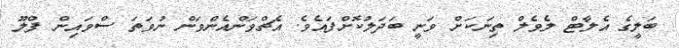
ބަލީގެ އެލާޓް ލެވެލް ތިނަކަށް ވަނީ ބަދަލުކޮށްފައެވެ. އެޗްވަންއެންވަން ނުވަތަ ސްވައިން ފްލޫ